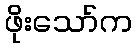
ဖိုးသော်က